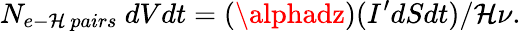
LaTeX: N_{e-\mathcal{H}\ pairs}\ dVdt=(\alphadz)(I^{\prime}dSdt)/\mathcal{H}\nu.